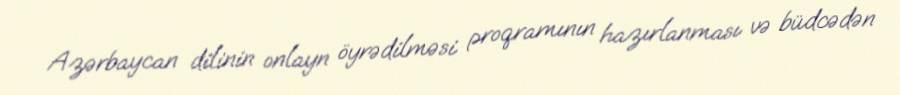
Azərbaycan dilinin onlayn öyrədilməsi proqramının hazırlanması və büdcədən